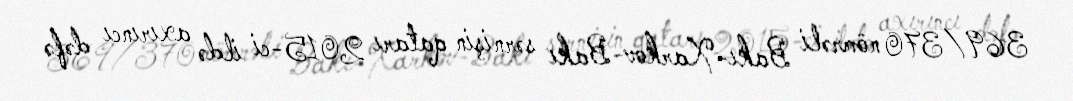
369/370 nömrəli Bakı-Xarkov-Bakı sərnişin qatarı 2015-ci ildə axırıncı dəfə